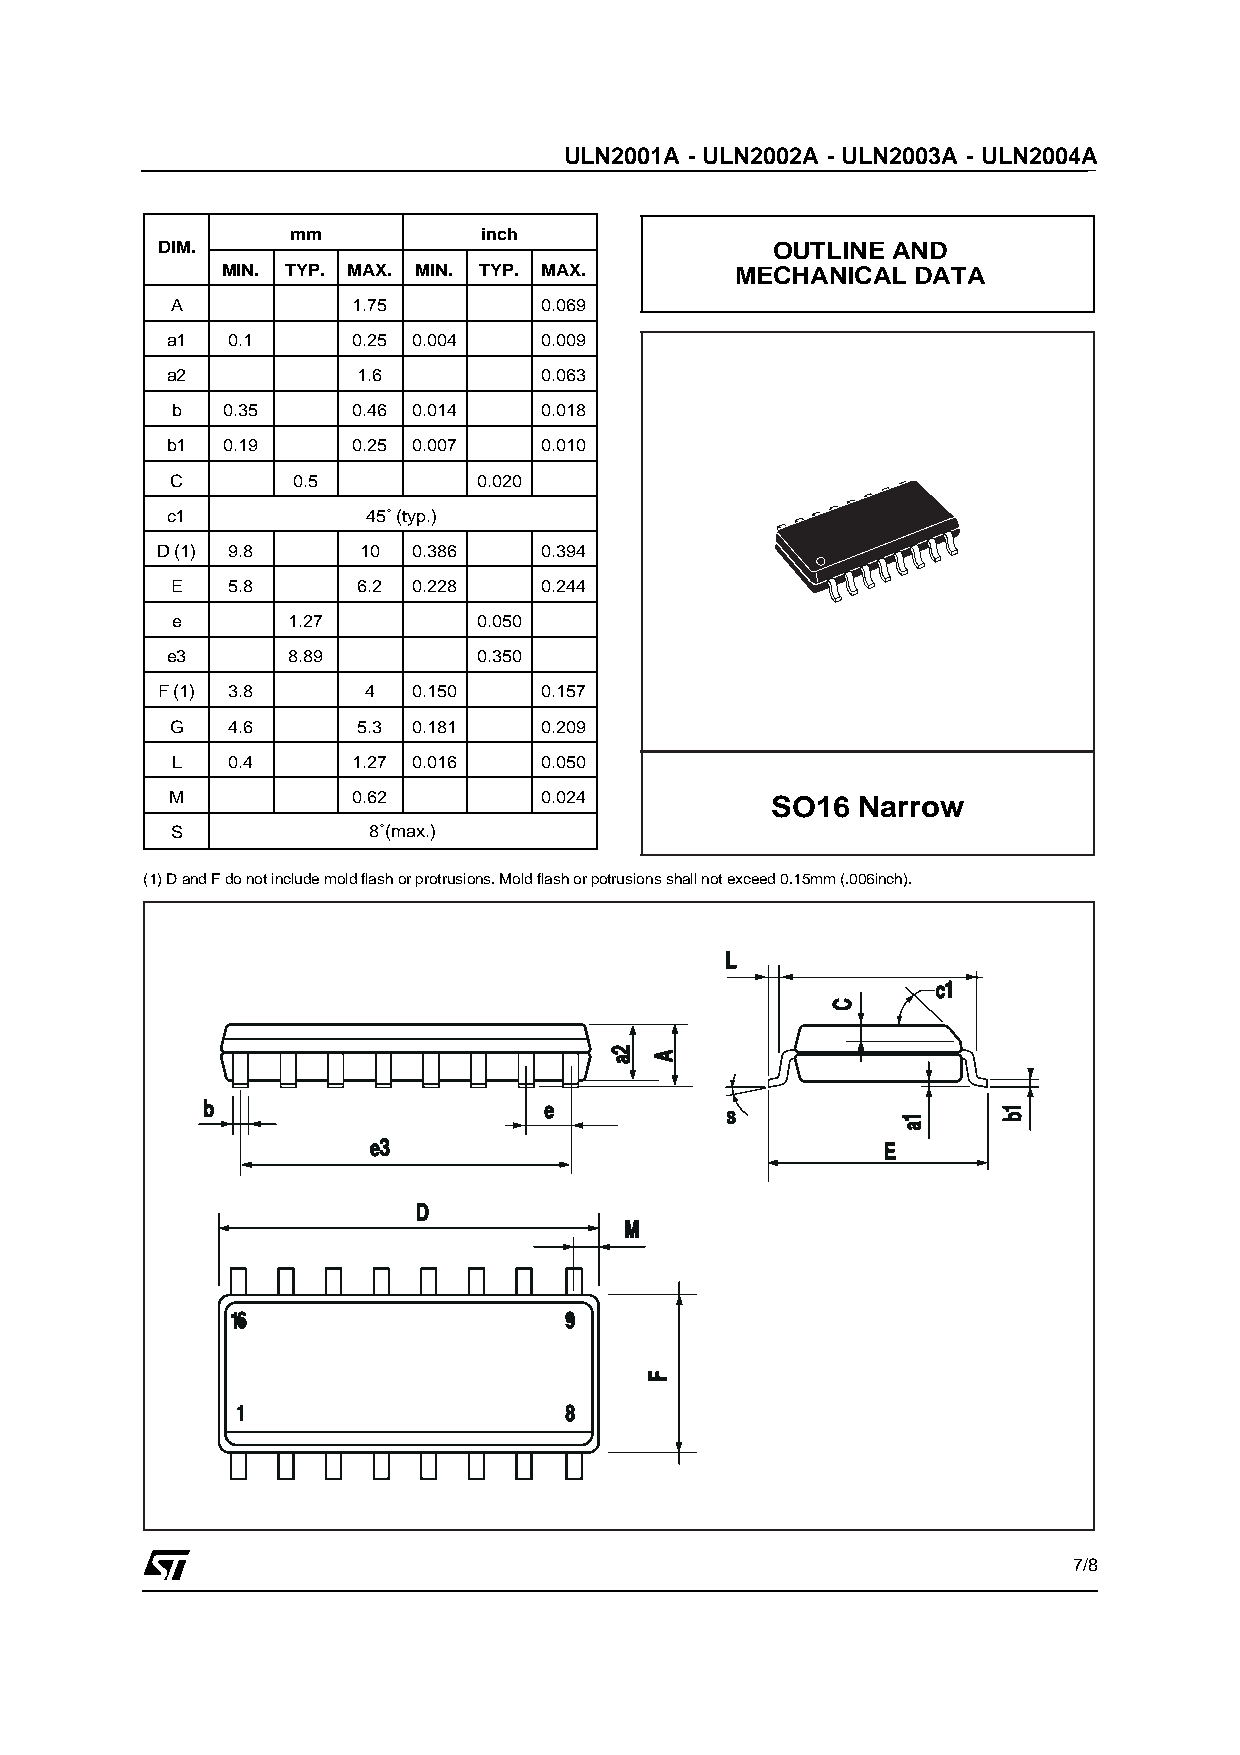
ULN2001A - ULN2002A - ULN2003A - ULN2004A
 mm           inch
 DIM.                                     OUTLINE AND
 MIN. TYP. MAX. MIN. TYP. MAX.     MECHANICAL  DATA
 A           1.75         0.069
 a1  0.1     0.25 0.004   0.009
 a2           1.6         0.063
 b   0.35    0.46 0.014   0.018
 b1  0.19    0.25 0.007   0.010
 C       0.5          0.020
 c1           45˚ (typ.)
 D (1) 9.8     10 0.386    0.394
 E   5.8      6.2 0.228   0.244
 e       1.27         0.050
 e3      8.89         0.350
 F (1) 3.8     4  0.150    0.157
 G   4.6      5.3 0.181   0.209
 L   0.4     1.27 0.016   0.050
 M           0.62         0.024          SO16  Narrow
 S            8˚(max.)
 (1) D and F do not include mold flash or protrusions. Mold flash or potrusions shall not exceed 0.15mm (.006inch).
 7/8